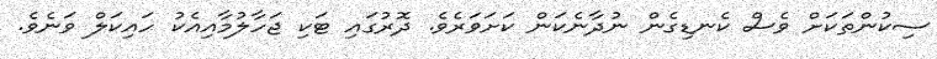
ސިކުންތަކަށް ވެސް ކެނޑިގެން ނުދާނެކަން ކަށަވަރެވެ. ދޮރުގައި ޓަކި ޖަހާލުމާއިއެކު ހައިކަލް ވަނެވެ.